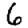
Digit: 6